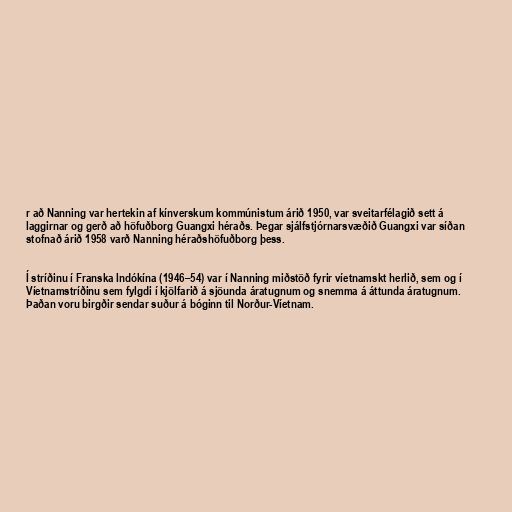
r að Nanning var hertekin af kínverskum kommúnistum árið 1950, var sveitarfélagið sett á
laggirnar og gerð að höfuðborg Guangxi héraðs. Þegar sjálfstjórnarsvæðið Guangxi var síðan
stofnað árið 1958 varð Nanning héraðshöfuðborg þess.

Í stríðinu í Franska Indókína (1946–54) var í Nanning miðstöð fyrir víetnamskt herlið, sem og í
Víetnamstríðinu sem fylgdi í kjölfarið á sjöunda áratugnum og snemma á áttunda áratugnum.
Þaðan voru birgðir sendar suður á bóginn til Norður-Víetnam.